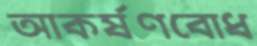
আকর্ষণবোধ